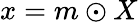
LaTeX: x=m\odot X